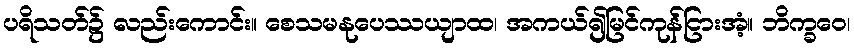
ပရိသတ်၌ လည်းကောင်း။ စေသမနုပေဿယျာထ၊ အကယ်၍မြင်ကုန်ငြားအံ့။ ဘိက္ခဝေ၊